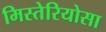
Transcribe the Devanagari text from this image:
मिस्तेरियोसा